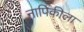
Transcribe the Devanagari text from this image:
नापिकीला